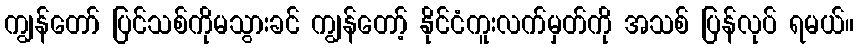
ကျွန်တော် ပြင်သစ်ကိုမသွားခင် ကျွန်တော့် နိုင်ငံကူးလက်မှတ်ကို အသစ် ပြန်လုပ် ရမယ်။